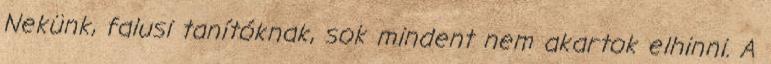
Nekünk, falusi tanítóknak, sok mindent nem akartok elhinni. A